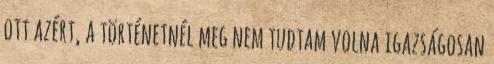
ott azért, a történetnél meg nem tudtam volna igazságosan